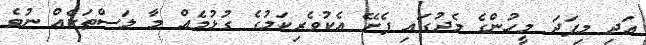
އަދި މިފަދަ މީހުންގެ މެދުގައި ފެށޭ އެކުވެރިކަމުގެ ގުޅުމެއް މާ ލަސްތަކެއް ނުވެ